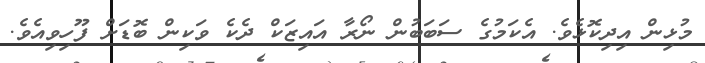
މުޅިން އިދިކޮޅެވެ. އެކަމުގެ ސަބަބުން ނޯރާ އައިޒަކް ދެކެ ވަކިން ބޮޑަށް ފޫހިވިއެވެ.